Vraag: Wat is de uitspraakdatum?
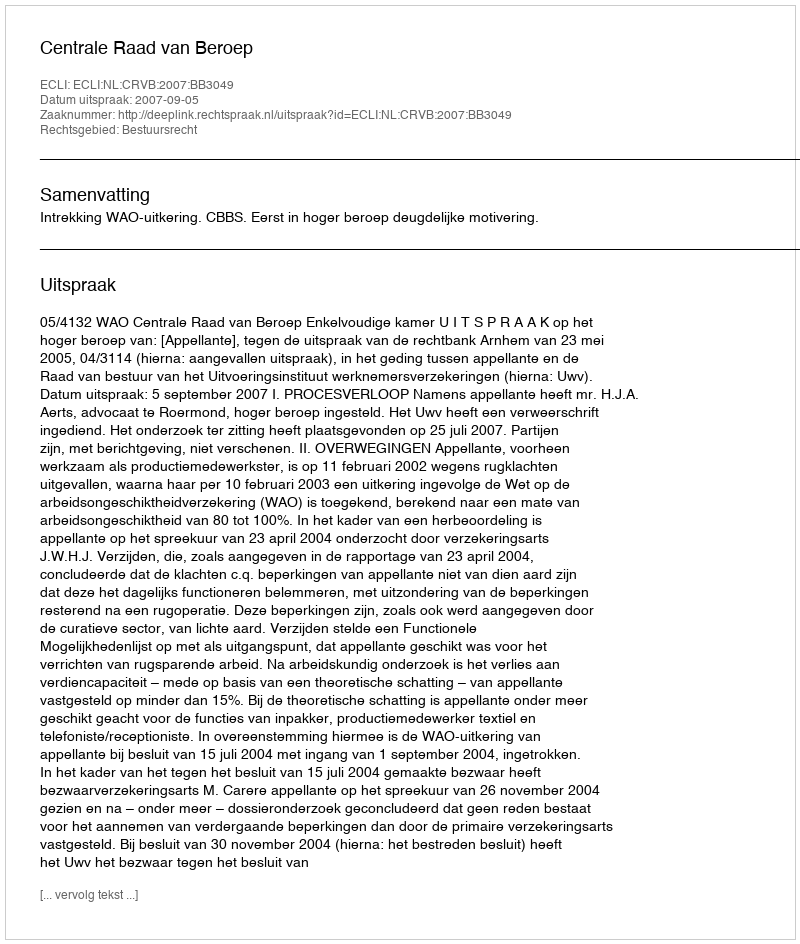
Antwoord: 2007-09-05